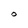
Character: 0